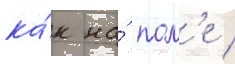
ка́к на́ пол'е /